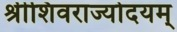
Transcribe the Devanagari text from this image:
श्रीशिवराज्योदयम्